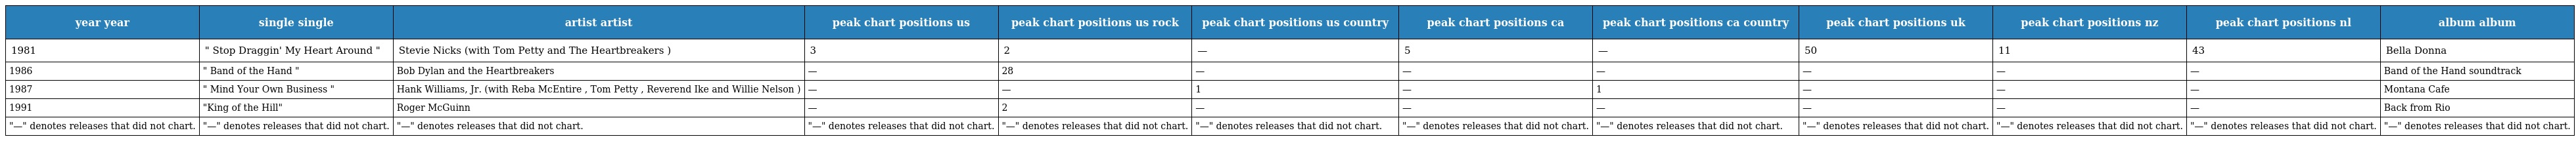
| year year | single single | artist artist | peak chart positions us | peak chart positions us rock | peak chart positions us country | peak chart positions ca | peak chart positions ca country | peak chart positions uk | peak chart positions nz | peak chart positions nl | album album |
 | --- | --- | --- | --- | --- | --- | --- | --- | --- | --- | --- | --- |
 | 1981 | " Stop Draggin' My Heart Around " | Stevie Nicks (with Tom Petty and The Heartbreakers ) | 3 | 2 | — | 5 | — | 50 | 11 | 43 | Bella Donna |
 | 1986 | " Band of the Hand " | Bob Dylan and the Heartbreakers | — | 28 | — | — | — | — | — | — | Band of the Hand soundtrack |
 | 1987 | " Mind Your Own Business " | Hank Williams, Jr. (with Reba McEntire , Tom Petty , Reverend Ike and Willie Nelson ) | — | — | 1 | — | 1 | — | — | — | Montana Cafe |
 | 1991 | "King of the Hill" | Roger McGuinn | — | 2 | — | — | — | — | — | — | Back from Rio |
 | "—" denotes releases that did not chart. | "—" denotes releases that did not chart. | "—" denotes releases that did not chart. | "—" denotes releases that did not chart. | "—" denotes releases that did not chart. | "—" denotes releases that did not chart. | "—" denotes releases that did not chart. | "—" denotes releases that did not chart. | "—" denotes releases that did not chart. | "—" denotes releases that did not chart. | "—" denotes releases that did not chart. | "—" denotes releases that did not chart. |